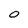
Character: O